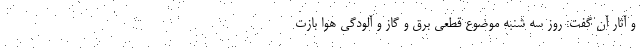
و آثار آن گفت: روز سه شنبه موضوع قطعی برق و گاز و آلودگی هوا بازت